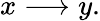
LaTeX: x\longrightarrow y.